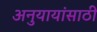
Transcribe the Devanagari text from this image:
अनुयायांसाठी